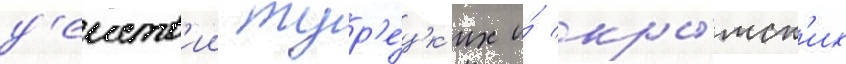
д'еиств'ии тур'е́цк'их и́ кры́мск'их